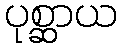
ပုစ္ဆာယ